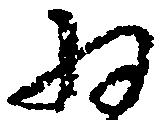
為